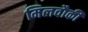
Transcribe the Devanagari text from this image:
मिलवौकी